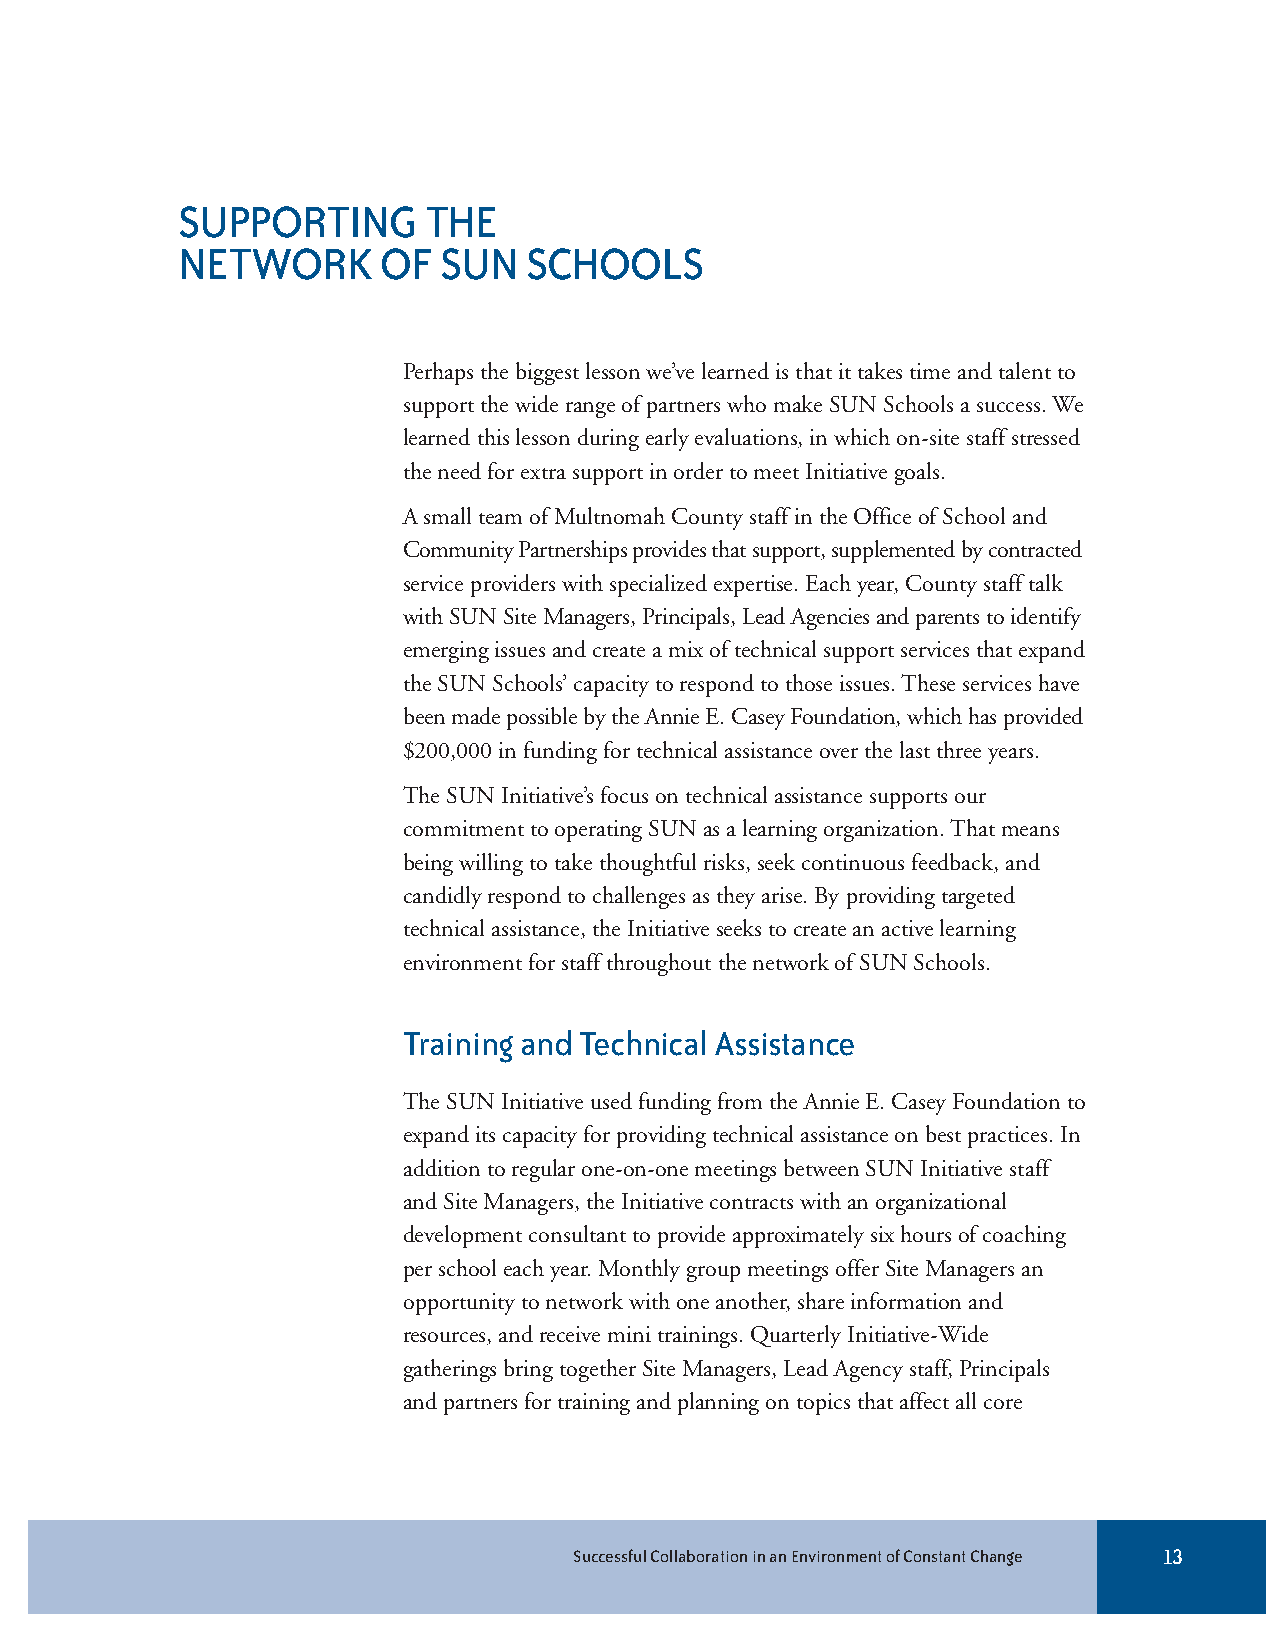
SUPPORTING      THE
 NETWORK      OF  SUN   SCHOOLS
 Perhaps the biggest lesson we’ve learned is that it takes time and talent to
 support the wide range of partners who make SUN Schools a success. We
 learned this lesson during early evaluations, in which on-site staff stressed
 the need for extra support in order to meet Initiative goals.
 A small team of Multnomah County staff in the Office of School and
 Community Partnerships provides that support, supplemented by contracted
 service providers with specialized expertise. Each year, County staff talk
 with SUN Site Managers, Principals, Lead Agencies and parents to identify
 emerging issues and create a mix of technical support services that expand
 the SUN Schools’ capacity to respond to those issues. These services have
 been made possible by the Annie E. Casey Foundation, which has provided
 $200,000 in funding for technical assistance over the last three years.
 The SUN Initiative’s focus on technical assistance supports our
 commitment to operating SUN as a learning organization. That means
 being willing to take thoughtful risks, seek continuous feedback, and
 candidly respond to challenges as they arise. By providing targeted
 technical assistance, the Initiative seeks to create an active learning
 environment for staff throughout the network of SUN Schools.
 Training and Technical Assistance
 The SUN Initiative used funding from the Annie E. Casey Foundation to
 expand its capacity for providing technical assistance on best practices. In
 addition to regular one-on-one meetings between SUN Initiative staff
 and Site Managers, the Initiative contracts with an organizational
 development consultant to provide approximately six hours of coaching
 per school each year. Monthly group meetings offer Site Managers an
 opportunity to network with one another, share information and
 resources, and receive mini trainings. Quarterly Initiative-Wide
 gatherings bring together Site Managers, Lead Agency staff, Principals
 and partners for training and planning on topics that affect all core
 Successful Collaboration in an Environment of Constant Change 13